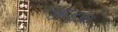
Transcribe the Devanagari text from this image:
उमड़ना